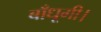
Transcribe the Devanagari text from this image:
बाँधूगी।